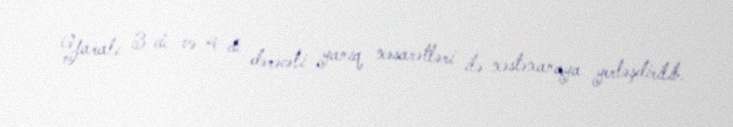
Yaralı 3-cü və 4-cü dərəcəli yanıq xəsarətləri ilə xəstəxanaya yerləşdirilib.